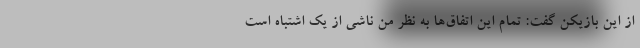
از این بازیکن گفت: تمام این اتفاق‌ها به نظر من ناشی از یک اشتباه است